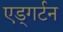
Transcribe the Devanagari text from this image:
एड्गर्टन